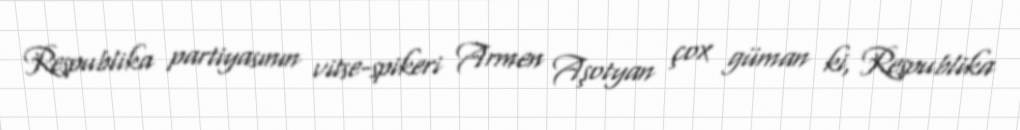
Respublika partiyasının vitse-spikeri Armen Aşotyan çox güman ki, Respublika